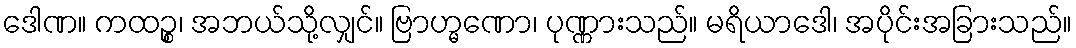
ဒေါဏ။ ကထဉ္စ၊ အဘယ်သို့လျှင်။ ဗြာဟ္မဏော၊ ပုဏ္ဏားသည်။ မရိယာဒေါ၊ အပိုင်းအခြားသည်။